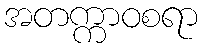
အတက္ကာဝစရာ